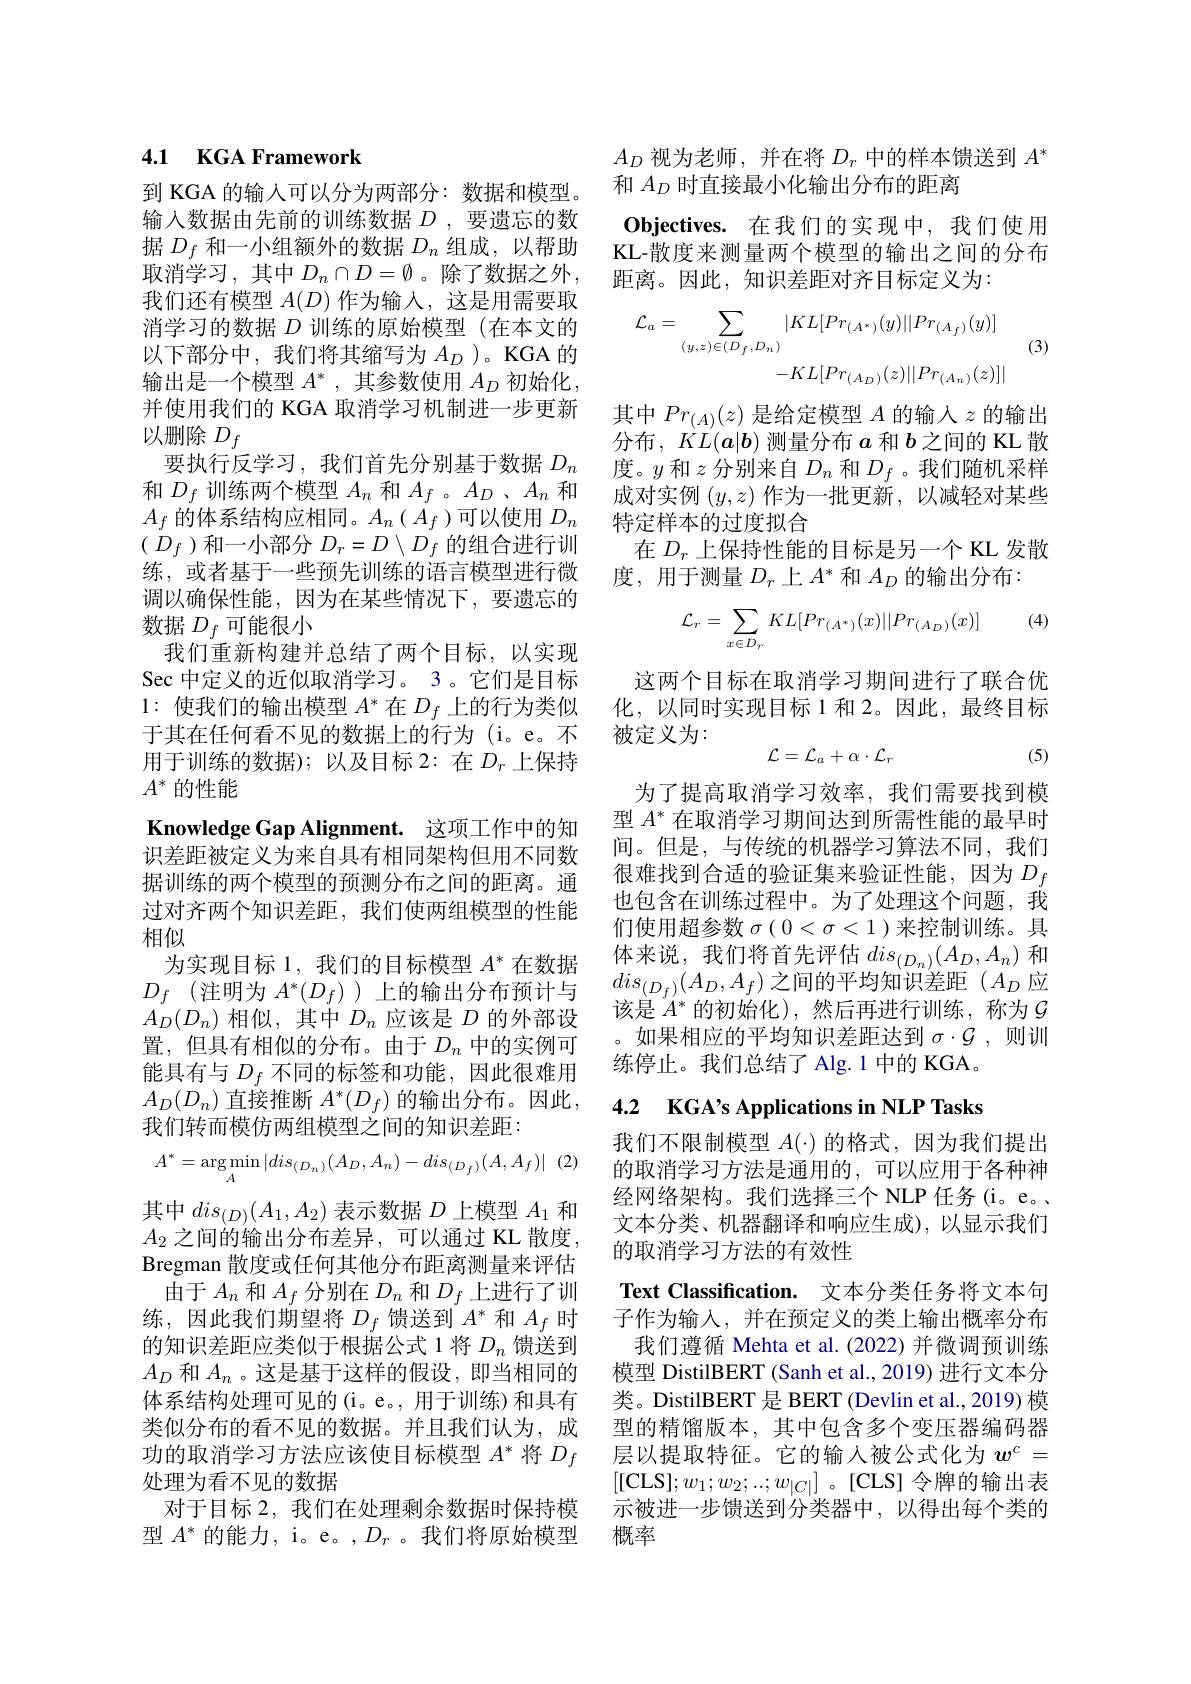
## 4.1 KGA Framework

到 KGA 的输入可以分为两部分：数据和模型。输入数据由先前的训练数据$D$ ,要遗忘的数据$D_f$和一小组额外的数据$D_n$组成，以帮助取消学习，其中$D_n\cap D=\emptyset$。除了数据之外， 我们还有模型$A(D)$作为输入，这是用需要取消学习的数据$D$训练的原始模型(在本文的以下部分中，我们将其缩写为$A_D$ )。KGA 的输出是一个模型$A^*$,其参数使用$A_D$初始化并使用我们的 KGA 取消学习机制进一步更新以删除$D_f$
要执行反学习，我们首先分别基于数据$D_n$ 和$D_f$训练两个模型$A_n$和$A_f$ 。$A_D$ 、$A_n$和$A_f$ 的体系结构应相同。$A_n(\dot{A}_f)$可以使用 $D_n$ ( $D_f$ )和一小部分 $D_r=D\setminus D_f$ 的组合进行训练，或者基于一些预先训练的语言模型进行微调以确保性能，因为在某些情况下，要遗忘的数据$D_f$可能很小
我们重新构建并总结了两个目标，以实现Sec 中定义的近似取消学习。3。它们是目标1:使我们的输出模型$A^*$在$D_f$上的行为类似于其在任何看不见的数据上的行为(i。e。不用于训练的数据);以及目标 2:在$D_r$上保持$A^*$的性能
Knowledge Gap Alignment. 这项工作中的知识差距被定义为来自具有相同架构但用不同数据训练的两个模型的预测分布之间的距离。通过对齐两个知识差距，我们使两组模型的性能相似
为实现目标 1, 我们的目标模型$A^*$在数据$D_f$ (注明为 $A^*(D_f)$ )上的输出分布预计与$A_{D}(D_{n})$相似，其中$D_n$应该是$D$的外部设置，但具有相似的分布。由于$D_n$中的实例可能具有与$D_f$不同的标签和功能，因此很难用$A_D(D_n)$直接推断$A^*(D_f)$的输出分布。因此， 我们转而模仿两组模型之间的知识差距：
$$A^{*}=\arg\min_{A}|dis_{(D_{n})}(A_{D},A_{n})-dis_{(D_{f})}(A,A_{f})|$$
其中$dis_{(D)}(A_1,A_2)$表示数据$D$上模型$A_1$和$A_2$之间的输出分布差异，可以通过 KL 散度， Bregman 散度或任何其他分布距离测量来评估
由于$A_n$和$A_f$分别在$D_n$和$D_f$上进行了训练，因此我们期望将$D_f$馈送到$A^*$和$A_f$时的知识差距应类似于根据公式 1 将$D_n$馈送到$A_D$和$A_n$ 。这是基于这样的假设，即当相同的体系结构处理可见的(i。e。,用于训练)和具有类似分布的看不见的数据。并且我们认为，成功的取消学习方法应该使目标模型$A^*$将$D_f$ 处理为看不见的数据
对于目标 2, 我们在处理剩余数据时保持模型$A^*$的能力，i。e。,$D_r$ 。我们将原始模型

$A_{D}$视为老师，并在将$D_r$中的样本馈送到$A^*$
和$A_D$时直接最小化输出分布的距离
$\mathbf{Objectives.}$在我们的实现中，我们使用KL-散度来测量两个模型的输出之间的分布距离。因此，知识差距对齐目标定义为：

(3)
$$\mathcal{L}_{a}=\sum_{(y,z)\in(D_{f},D_{n})}|KL[Pr_{(A^{*})}(y)||Pr_{(A_{f})}(y)]\\-KL[Pr_{(A_{D})}(z)||Pr_{(A_{n})}(z)]|$$
其中$Pr_(A)(z)$是给定模型$A$的输入$z$的输出分布，$KL(a|b)$测量分布$a$和$b$之间的 KL 散度。$y$和$z$分别来自$D_n$和$D_f$ 。我们随机采样成对实例$(y,z)$作为一批更新，以减轻对某些特定样本的过度拟合
在$D_r$上保持性能的目标是另一个 KL 发散
度，用于测量$D_r$上$A^*$和$A_D$的输出分布：

(4)
$$\mathcal{L}_{r}=\sum_{x\in D_{r}}KL[Pr_{(A^{*})}(x)||Pr_{(A_{D})}(x)]$$
这两个目标在取消学习期间进行了联合优化，以同时实现目标 1 和 2。因此，最终目标被定义为：
$$\mathcal{L}=\mathcal{L}_a+\alpha\cdot\mathcal{L}_r$$
(5)

为了提高取消学习效率，我们需要找到模型$A^*$在取消学习期间达到所需性能的最早时间。但是，与传统的机器学习算法不同，我们很难找到合适的验证集来验证性能，因为$D_f$ 也包含在训练过程中。为了处理这个问题，我们使用超参数$\sigma(0<\sigma<1)$来控制训练。具体来说，我们将首先评估$dis_(D_n)(A_D,A_n)$和$dis_{(D_f)}(A_D,A_f)$之间的平均知识差距$(A_D$应该是$\dot{A}^*$的初始化),然后再进行训练，称为$\mathcal{G}$ 。如果相应的平均知识差距达到$\sigma\cdot\mathcal{G}$ ,则训练停止。我们总结了 Alg.1 中的 KGA。

## 4.2 KGA's Applications in NLP Tasks

我们不限制模型$A(\cdot)$的格式，因为我们提出的取消学习方法是通用的，可以应用于各种神经网络架构。我们选择三个 NLP 任务 (i。e。、 文本分类、机器翻译和响应生成),以显示我们的取消学习方法的有效性

Text Classification. 文本分类任务将文本句子作为输入，并在预定义的类上输出概率分布我们遵循 Mehta et al.(2022)并微调预训练模型 DistilBERT (Sanh et al., 2019) 进行文本分类。DistilBERT 是 BERT (Devlin et al.,2019) 模型的精馏版本，其中包含多个变压器编码器层以提取特征。它的输入被公式化为$w^c=$ [[CLS]$;w_1;w_2;...;w_{|C|}]$。[CLS]令牌的输出表示被进一步馈送到分类器中，以得出每个类的概率